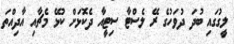
ލީގުގައި ބުދަ ދުވަހުގެ ރޭ ލެސްޓާ ސިޓީއާ ދެކޮޅަށް ކުޅޭ މެޗާއި އާދިއްތަ